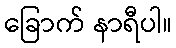
ခြောက် နာရီပါ။